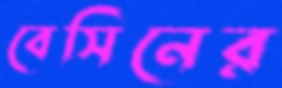
বেসিনের